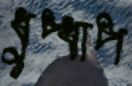
ধুপ্ধাপ